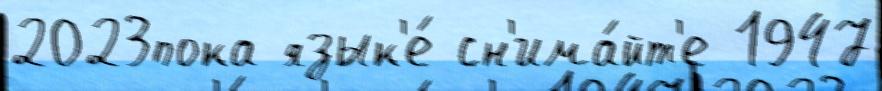
2023пока язык'е́ сн'има́йт'е 1947